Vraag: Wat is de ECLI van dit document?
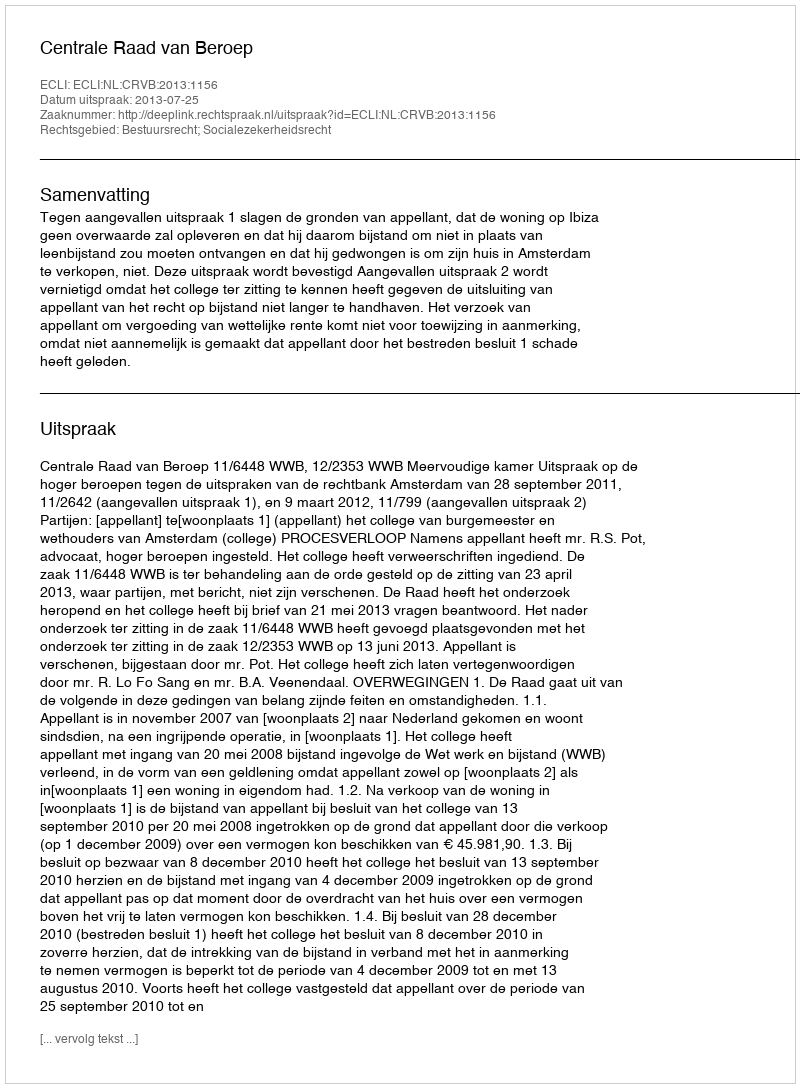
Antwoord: ECLI:NL:CRVB:2013:1156